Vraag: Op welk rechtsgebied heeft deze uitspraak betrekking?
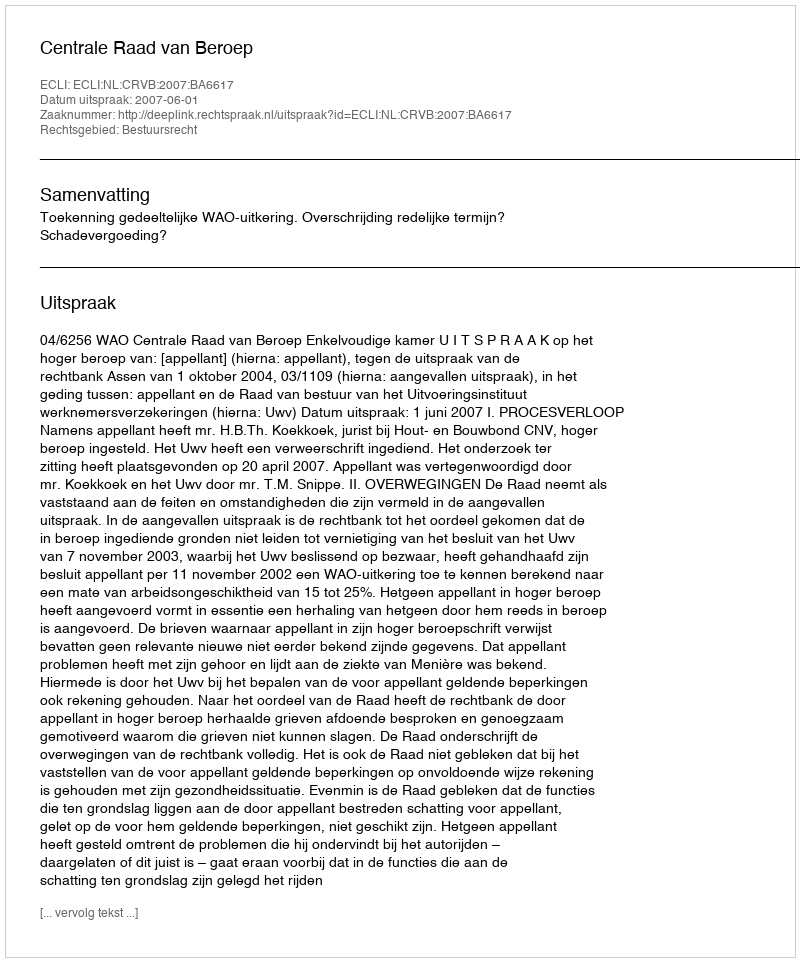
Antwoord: Bestuursrecht